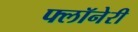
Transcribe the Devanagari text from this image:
फ्लॉनेरी